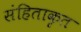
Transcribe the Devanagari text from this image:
संहिताकृत